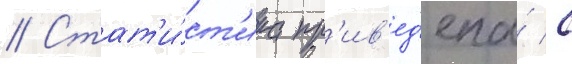
// Стат'и́ст'ика пр'ив'ед'ена́ с